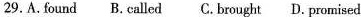
29.A.Found B.Called C.Brought D. Promised